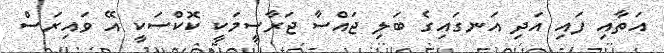
އަތާއި ފައި އަދި އަނގައިގެ ބަލި ޖައްސާ ޖަރާސީމަކީ ކޮކްސަކީ އޭ ވައިރަސް